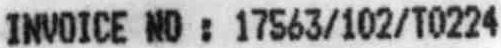
INVOICE NO : 17563/102/T0224